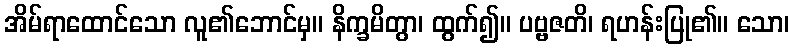
အိမ်ရာထောင်သော လူ၏ဘောင်မှ။ နိက္ခမိတွာ၊ ထွက်၍။ ပဗ္ဗဇတိ၊ ရဟန်းပြု၏။ သော၊